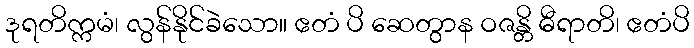
ဒုရတိက္ကမံ၊ လွန်နိုင်ခဲသော။ ဧတံ ပိ ဆေတွာန ဝဇန္တိ ဓီရာတိ၊ ဧတံပိ